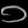
Digit: ၁